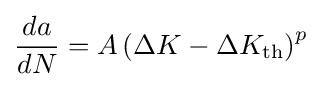
{da \over dN}=A\left(\Delta K-\Delta K_{\text{th}}\right)^{p}